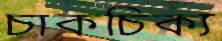
চাকচিক্য